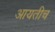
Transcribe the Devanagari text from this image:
आयतीच